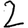
Digit: 2